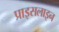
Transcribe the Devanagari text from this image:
प्राइसलाइन